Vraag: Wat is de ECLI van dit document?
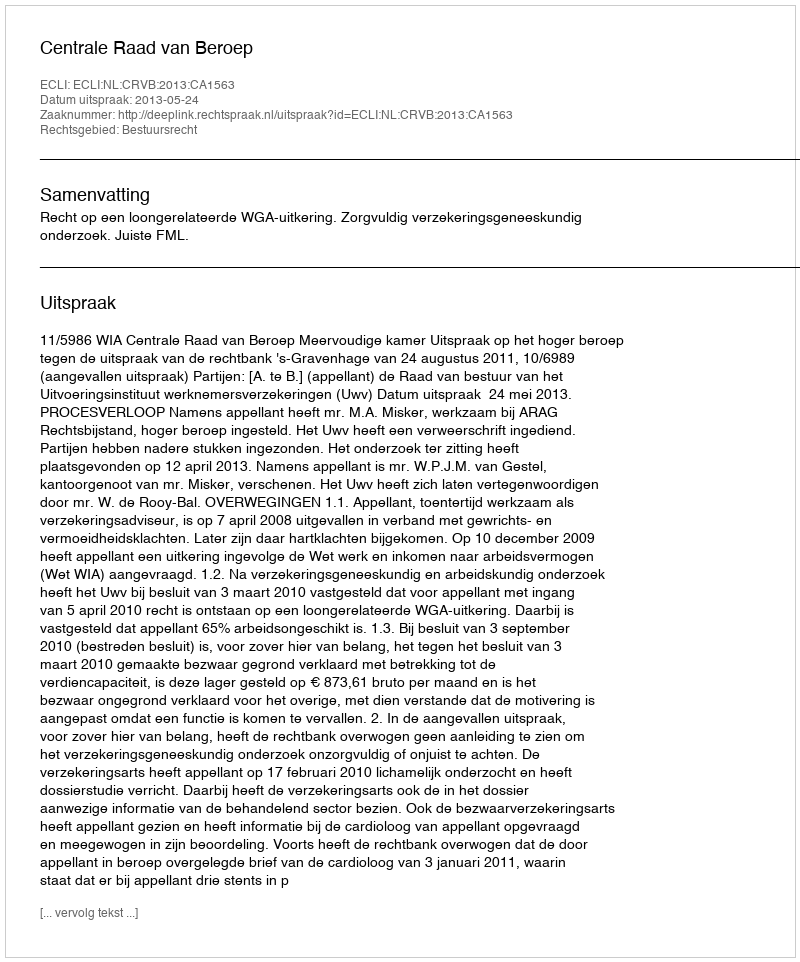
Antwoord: ECLI:NL:CRVB:2013:CA1563